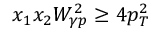
x _ { 1 } x _ { 2 } W _ { \gamma p } ^ { 2 } \ge 4 p _ { T } ^ { 2 }